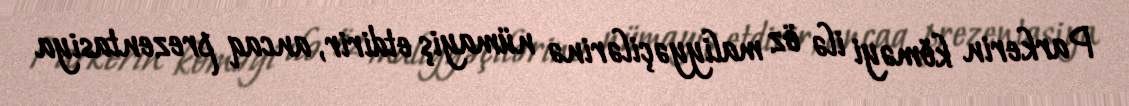
Parkerin köməyi ilə öz maliyyəçilərinə nümayiş etdirir, ancaq prezentasiya